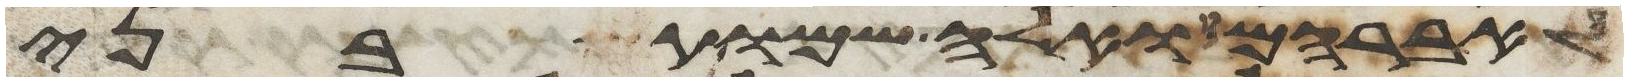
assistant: לאברהם ואלה שמות בני